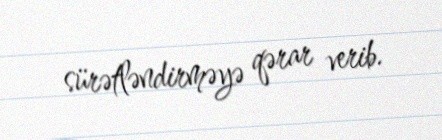
sürətləndirməyə qərar verib.